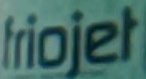
friojet